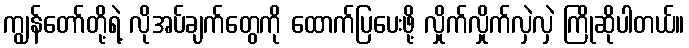
ကျွန်တော်တို့ရဲ့ လိုအပ်ချက်တွေကို ထောက်ပြပေးဖို့ လှိုက်လှိုက်လှဲလှဲ ကြိုဆိုပါတယ်။